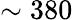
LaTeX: \sim 380